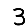
Digit: 3